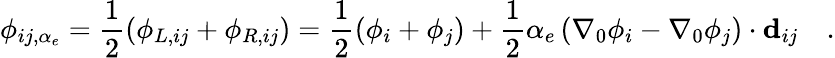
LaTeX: \phi_{ij,\alpha_{e}}=\frac{1}{2}\left(\phi_{L,ij}+\phi_{R,ij}\right)=\frac{1}{2}\left(\phi_{i}+\phi_{j}\right)+\frac{1}{2}\alpha_{e}\left(\nabla_{0}{\phi_{i}}-\nabla_{0}{\phi_{j}}\right)\cdot\mathbf{d}_{ij}\quad.